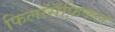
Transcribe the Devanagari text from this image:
फिलॉसॅफ़िकल